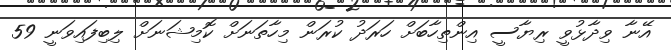
އޭނާ ވިދާޅުވީ ރިޔާސީ އިންތިހާބަށް ހަރަދު ކުރަން މިހާތަނަށް ކޮމިޝަނަށް ލިބިފައިވަނީ 59